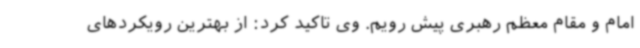
امام و مقام معظم رهبری پیش رویم. وی تاکید کرد: از بهترین رویکردهای